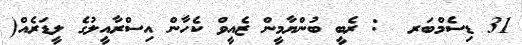
31 ޑިސެމްބަރ  : ރެބީ ބުންޔާމީން ޒެއީވް ކެހާން އިސްރާއީލުގެ ލީޑަރެއް(